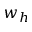
w _ { h }